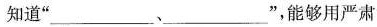
知道”___________、____________”，能够用严肃